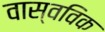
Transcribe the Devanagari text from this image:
वास्वविक